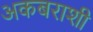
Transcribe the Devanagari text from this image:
अकबराशी